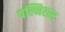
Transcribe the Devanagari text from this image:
पल्मिरास